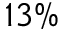
1 3 \%